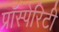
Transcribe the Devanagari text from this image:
प्रॉस्पेरिटी